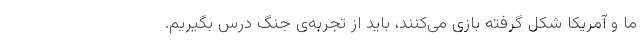
ما و آمریکا شکل گرفته بازی می‌کنند، باید از تجربه‌ی جنگ درس بگیریم.